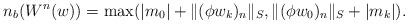
LaTeX: \begin{align*} n_b(W^n(w))=\max(\lvert m_0\rvert + \lVert (\phi w_k)_n\rVert_S, \lVert (\phi w_0)_n\rVert_S+\lvert m_k\rvert).\end{align*}